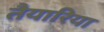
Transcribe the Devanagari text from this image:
तैयारिया